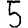
Digit: 5